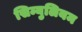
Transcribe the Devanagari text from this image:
सिम्युलियम